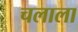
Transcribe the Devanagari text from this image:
चलाला